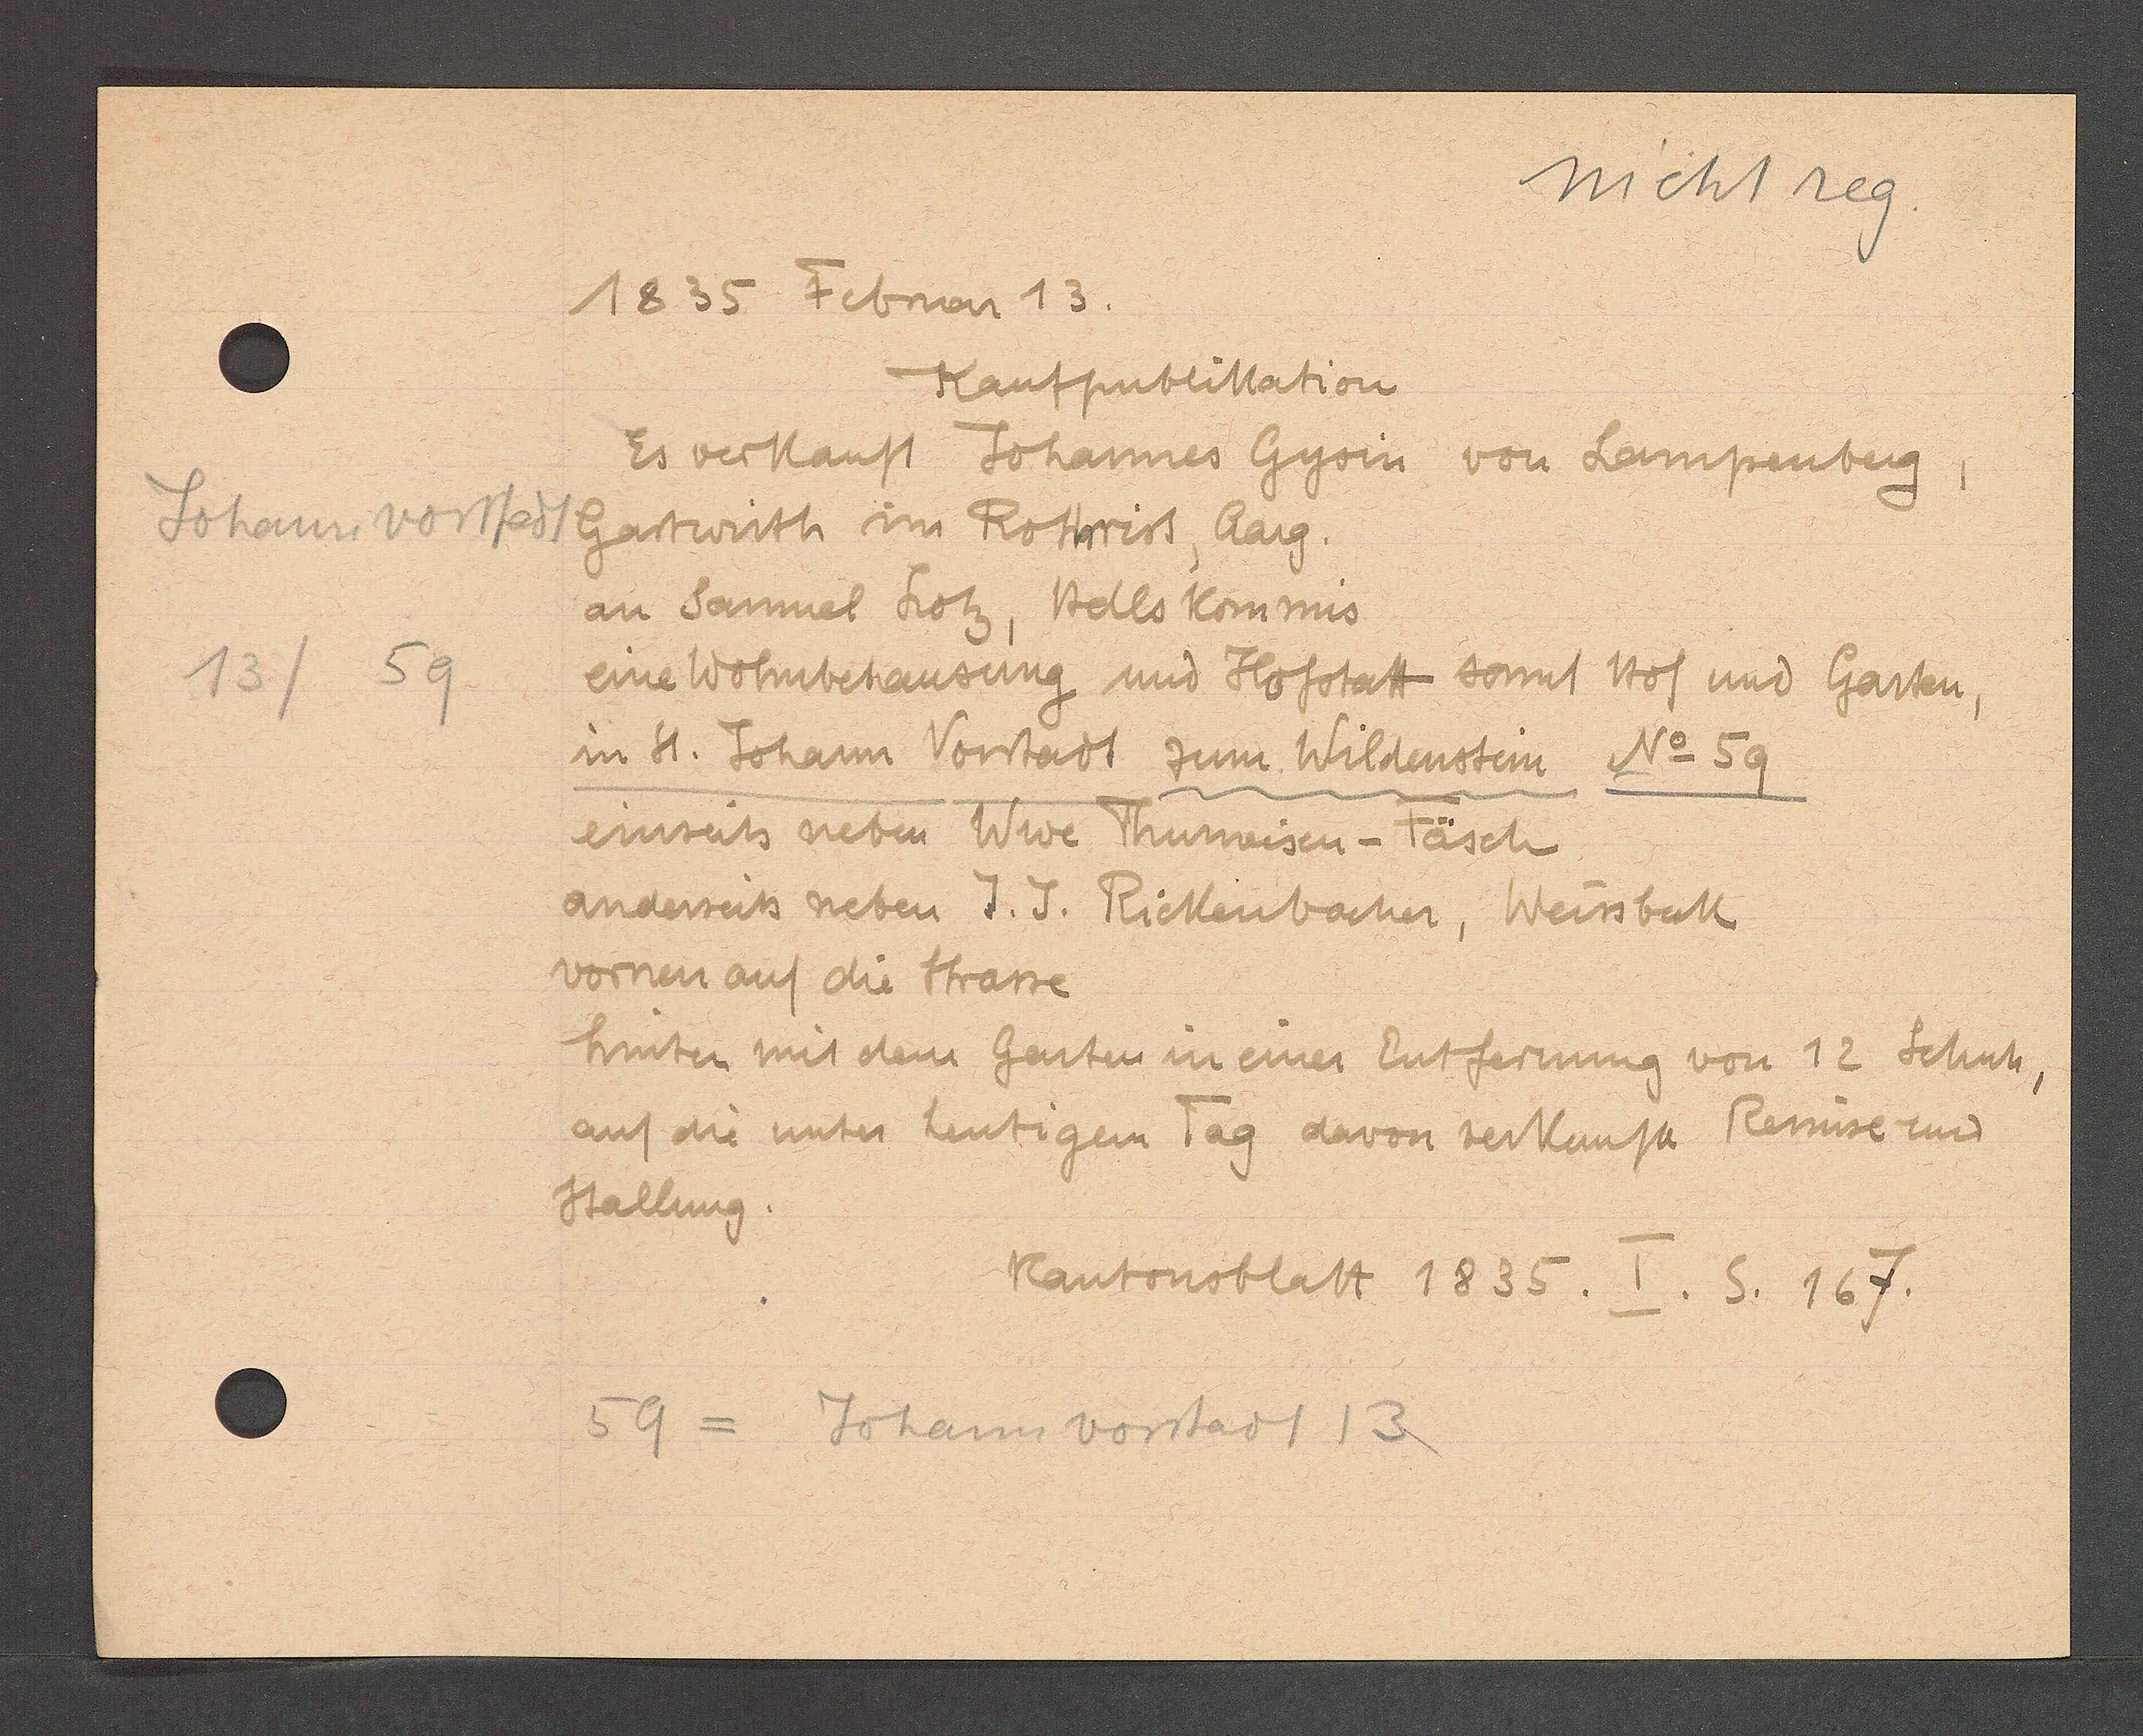
Transcript:
Johannvorstadt
13/59

1635 Februar 13.

Kaufpublikation.
Es verkauft Johannes Gysin
von Lampenberg
Gartwirth im Rothrist, Aarg.
an Samuel Lotz, Adls Kommis
eine Wohnbehausung und Hofstatt sannt Hof und Garten,
in St. Johann Vorstadt zum Wildenstein No 59
einseits neben Wwe Thurneisen-Fäsch
anderseits neben J. J. Rickenbacher, Weissbeck
vornen auf die Strasse
hinten mit dem Garten in einer Entfernung von 12 Schuh,
auf die unter heutigen Tag davon verkauft Remise und
Stallung.

Kantonsblatt 1835. I. S. 167.

59 = Johannvorstadt 13